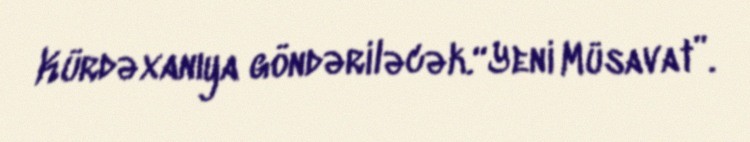
Kürdəxanıya göndəriləcək.“Yeni Müsavat”.